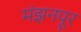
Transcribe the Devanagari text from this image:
मंझनपूर